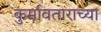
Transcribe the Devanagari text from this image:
कुर्मावताराच्या